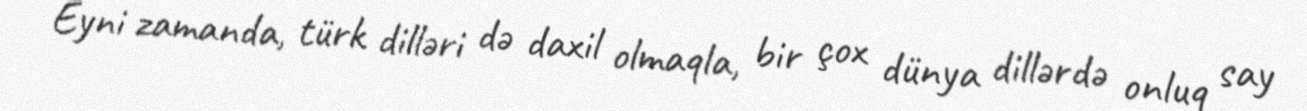
Eyni zamanda, türk dilləri də daxil olmaqla, bir çox dünya dillərdə onluq say